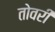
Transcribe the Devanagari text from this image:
तोवरी